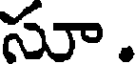
సూ.